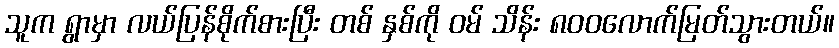
သူက ရွာမှာ လယ်ပြန်စိုက်စားပြီး တစ် နှစ်ကို ဝမ် သိန်း ၈၀၀လောက်မြတ်သွားတယ်။